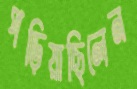
পড়িয়াছিলেন